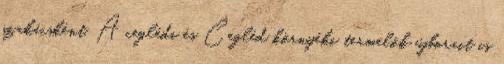
szakácsként. A ceglédi és Cegléd környéki termelők újborait is